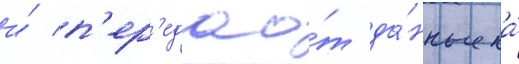
и́ п'ер'едао́т да́нные на́